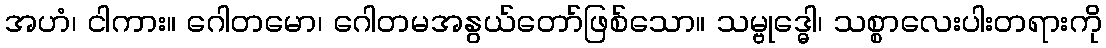
အဟံ၊ ငါကား။ ဂေါတမော၊ ဂေါတမအနွယ်တော်ဖြစ်သော။ သမ္ဗုဒ္ဓေါ၊ သစ္စာလေးပါးတရားကို